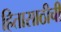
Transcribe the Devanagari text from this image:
हितासाठीची